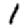
Digit: 1